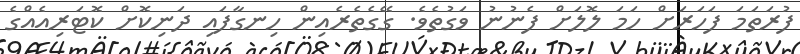
ފުރަތަމަ ފަހަރަށް ހަމަ ލޮލަށް ފެނުނު ވަގުތެވެ. ގޭގެތެރެއިން ހިނގާފައި ދަނިކޮށް ކޮޓަރިއެއްގެ